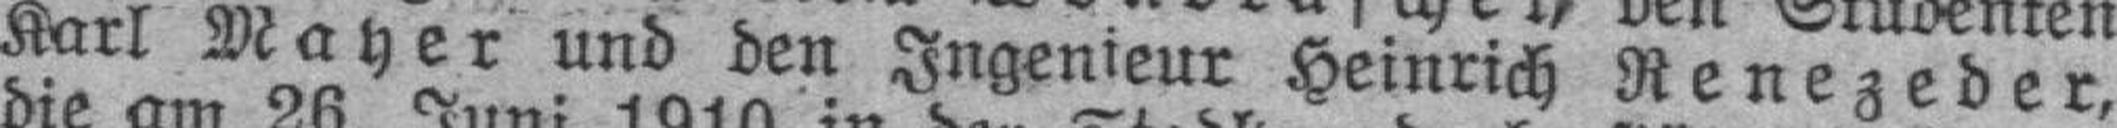
Karl Mayer und den Ingenieur Heinrich Renezeder,